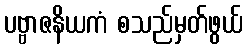
ပဗ္ဗာဇနိယကံ စသည်မှတ်ဖွယ်